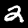
Digit: 2